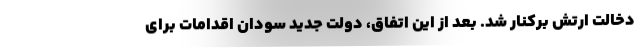
دخالت ارتش برکنار شد. بعد از این اتفاق، دولت جدید سودان اقدامات برای